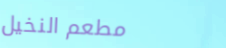
مطعم النخيل